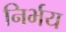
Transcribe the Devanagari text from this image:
निर्भय